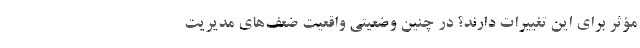
مؤثر برای این تغییرات دارند؟ در چنین وضعیتی واقعیت ضعف‌های مدیریت